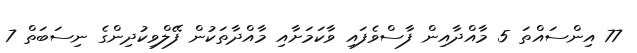
77 އިންސައްތަ 5 މާއްދާއިން ފާސްވެފައި ވާކަމަށާއި މާއްދާތަކުން ފޭލްވިކުދިންގެ ނިސަބަތް 7